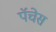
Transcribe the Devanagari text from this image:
पॅचेस